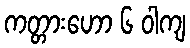
ကတ္တားဟော ၆ ဝါကျ